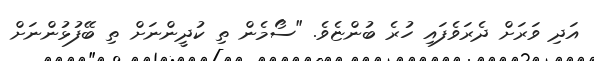
އަދި ވަރަށް ދެރަވެފައި ހުރެ ބުންޏެވެ. "ސޯމެން ތި ކުދީންނަށް ތި ބޭފުޅުންނަށް